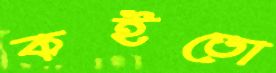
কইতো